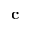
\mathbf { c }